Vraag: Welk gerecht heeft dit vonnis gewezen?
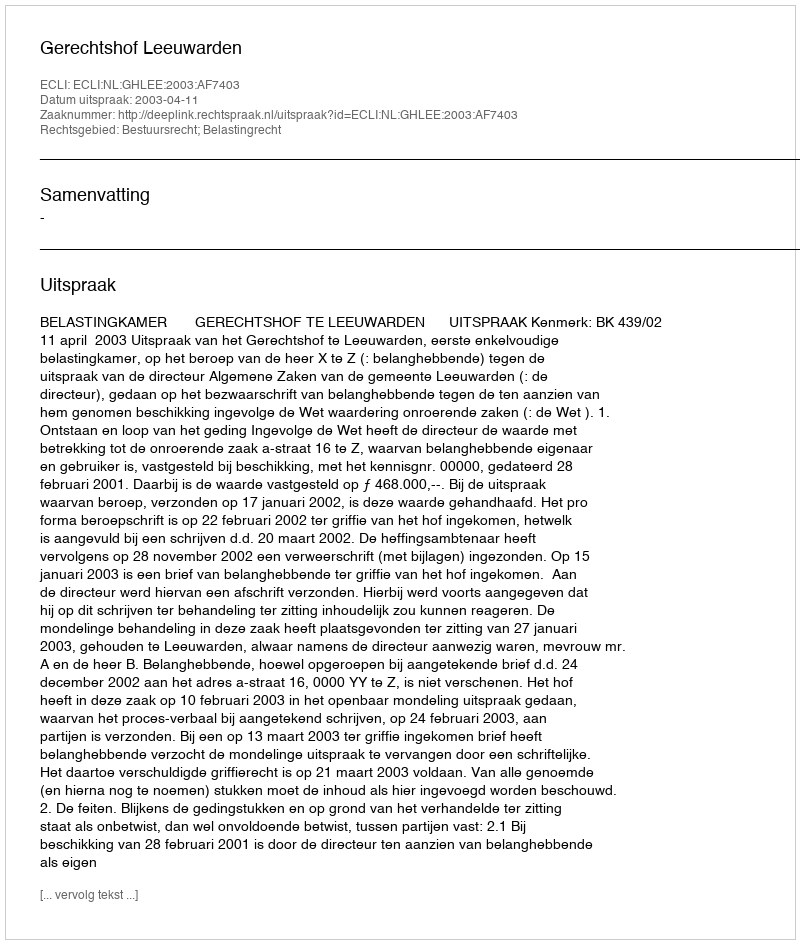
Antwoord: Gerechtshof Leeuwarden